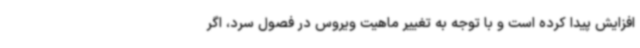
افزایش پیدا کرده است و با توجه به تغییر ماهیت ویروس در فصول سرد، اگر